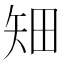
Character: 𥎴